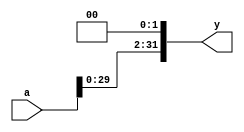
`timescale 1ns / 1ps
//////////////////////////////////////////////////////////////////////////////////
// Company: 
// Engineer: 
// 
// Design Name: 
// Module Name:    left_shift2 
// Project Name: 
// Target Devices: 
// Tool versions: 
// Description: 
//
// Dependencies: 
//
// Revision: 
// Revision 0.01 - File Created
// Additional Comments: 
//
//////////////////////////////////////////////////////////////////////////////////
 module left_shift2(
  input wire [31:0] a,
  output wire [31:0] y
  );
// shift left by 2
  assign y = {a[29:0], 2'b00};

 endmodule